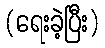
(ရေးခဲ့ပြီး)